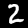
Digit: 2